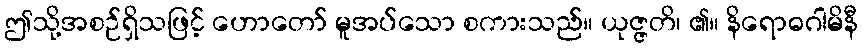
ဤသို့အစဉ်ရှိသဖြင့် ဟောတော် မူအပ်သော စကားသည်။ ယုဇ္ဇတိ၊ ၏။ နိရောဓဂါမိနီ